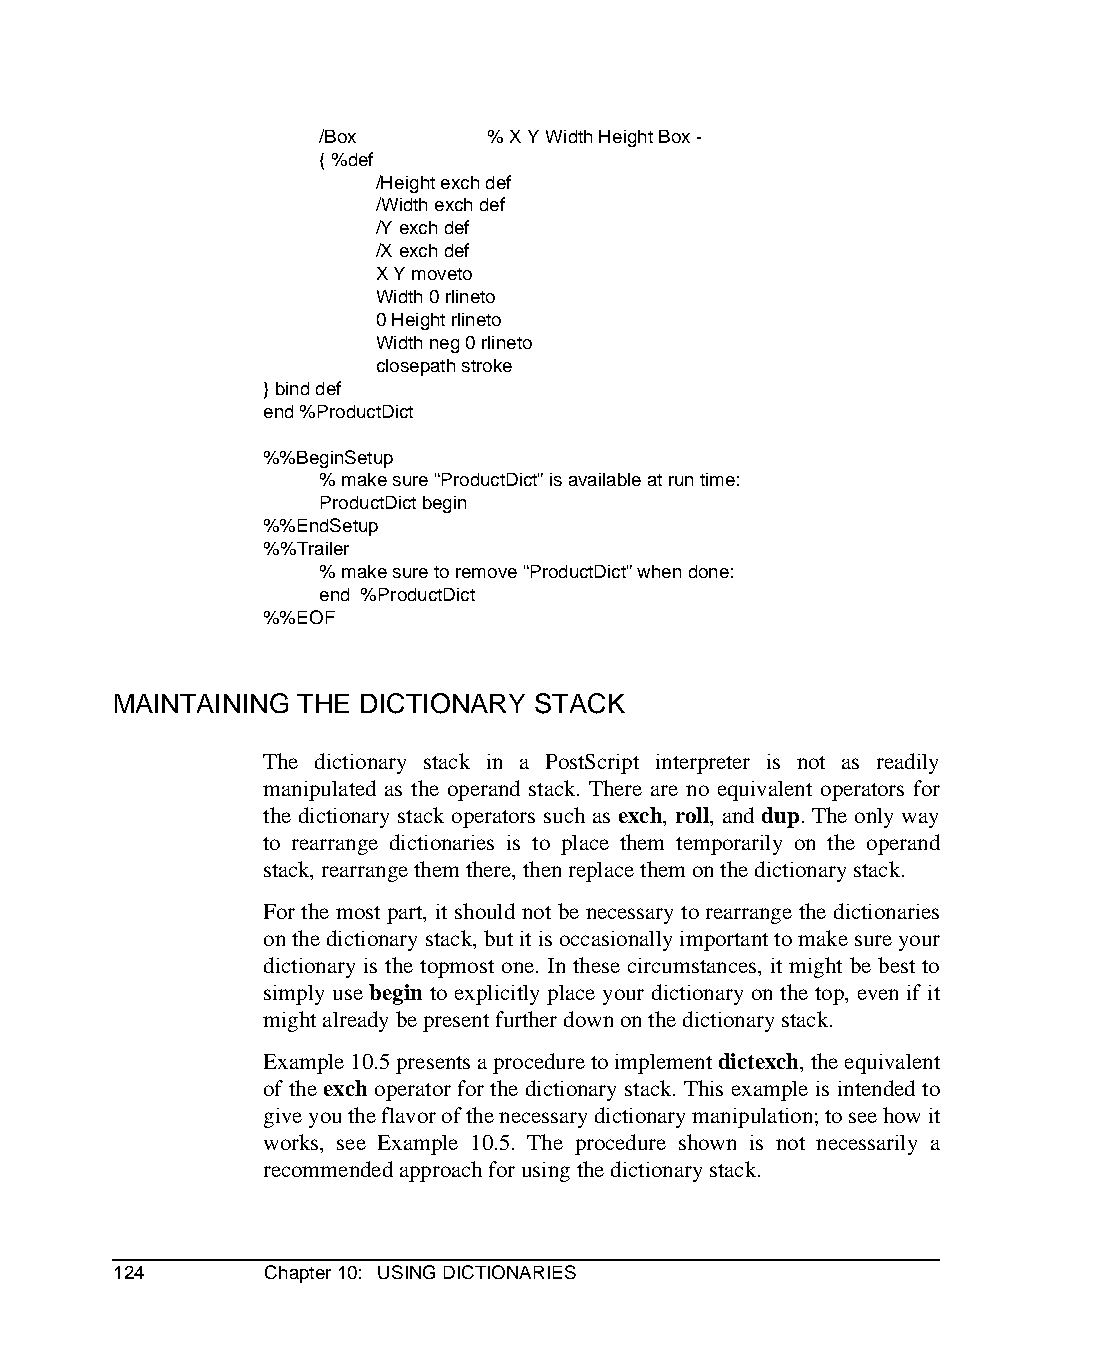
/Box       % X Y Width Height Box -
 { %def
 /Height exch def
 /Width exch def
 /Y exch def
 /X exch def
 X Y moveto
 Width 0 rlineto
 0 Height rlineto
 Width neg 0 rlineto
 closepath stroke
 } bind def
 end %ProductDict
 %%BeginSetup
 % make sure “ProductDict” is available at run time:
 ProductDict begin
 %%EndSetup
 %%Trailer
 % make sure to remove “ProductDict” when done:
 end %ProductDict
 %%EOF
 MAINTAINING THE DICTIONARY  STACK
 The dictionary stack in a PostScript interpreter is not as readily
 manipulated as the operand stack. There are no equivalent operators for
 the dictionary stack operators such as exch, roll, and dup. The only way
 to rearrange dictionaries is to place them temporarily on the operand
 stack, rearrange them there, then replace them on the dictionary stack.
 For the most part, it should not be necessary to rearrange the dictionaries
 on the dictionary stack, but it is occasionally important to make sure your
 dictionary is the topmost one. In these circumstances, it might be best to
 simply use begin to explicitly place your dictionary on the top, even if it
 might already be present further down on the dictionary stack.
 Example 10.5 presents a procedure to implement dictexch, the equivalent
 of the exch operator for the dictionary stack. This example is intended to
 give you the flavor of the necessary dictionary manipulation; to see how it
 works, see Example 10.5. The procedure shown is not necessarily a
 recommended approach for using the dictionary stack.
 124       Chapter 10: USING DICTIONARIES